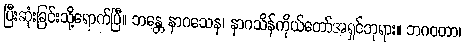
ပြီးဆုံးခြင်းသို့ရောက်ပြီ။ ဘန္တေ နာဂသေန၊ နာဂသိန်ကိုယ်တော်အရှင်ဘုရား။ ဘဂဝတာ၊